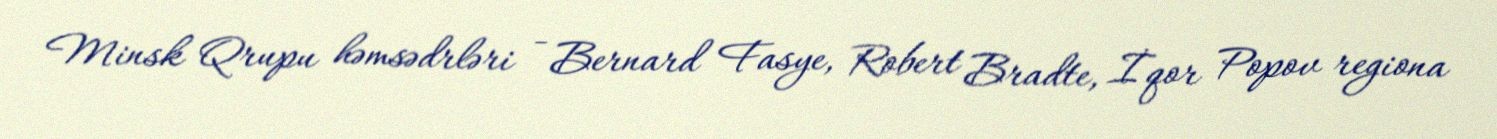
Minsk Qrupu həmsədrləri - Bernard Fasye, Robert Bradte, İqor Popov regiona